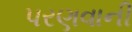
પરણવાની